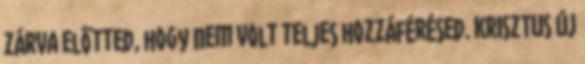
zárva előtted, hogy nem volt teljes hozzáférésed. KRISZTUS ÚJ